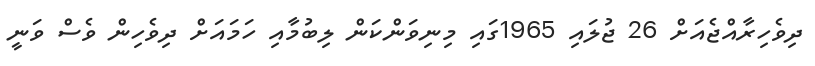
ދިވެހިރާއްޖެއަށް 26 ޖުލައި 1965ގައި މިނިވަންކަން ލިބުމާއި ހަމައަށް ދިވެހިން ވެސް ވަނީ